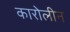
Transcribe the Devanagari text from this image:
कारोलीन